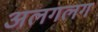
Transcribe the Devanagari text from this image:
अलगलग